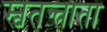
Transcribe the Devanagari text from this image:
स्वतन्त्राता